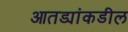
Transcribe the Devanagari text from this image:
आतड्यांकडील